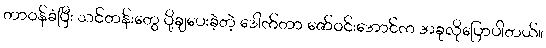
တာဝန်ခံပြီး သင်တန်းတွေ ပို့ချပေးခဲ့တဲ့ ဒေါက်တာ ဇော်ဝင်းအောင်က အခုလိုပြောပါတယ်။